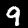
Label: 9